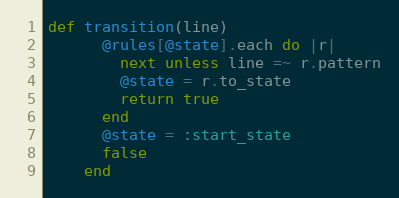
Language: Ruby
def transition(line)
      @rules[@state].each do |r|
        next unless line =~ r.pattern
        @state = r.to_state
        return true
      end
      @state = :start_state
      false
    end